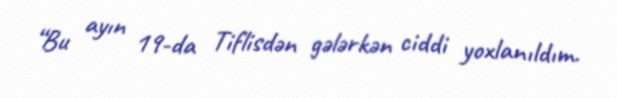
“Bu ayın 19-da Tiflisdən gələrkən ciddi yoxlanıldım.